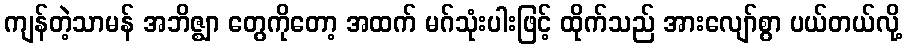
ကျန်တဲ့သာမန် အဘိဇ္ဈာ တွေကိုတော့ အထက် မဂ်သုံးပါးဖြင့် ထိုက်သည် အားလျော်စွာ ပယ်တယ်လို့